Leaving Certificate Examination, 1921
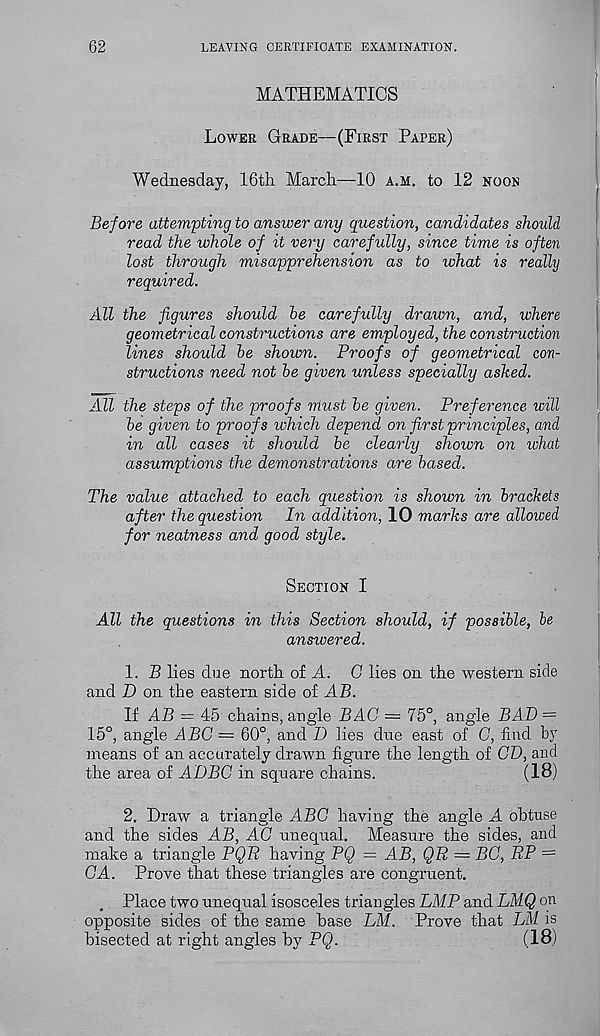
62
LEAVING CERTIFICATE EXAMINATION.
MATHEMATICS
Lower Grade—(First Paper)
Wednesday, 16th. March.—10 a.m. to 12 noon
Before attempting to answer any question, candidates should
read the whole of it very carefully, since time is often
lost through misapprehension as to what is really
required.
All the figures should he carefully drawn, and, where
geometrical constructions are employed, the construction
lines should he shown. Proofs of geometrical con-
structions need not he given unless specially asked.
All the steps of the proofs must he given. Preference will
he given to proofs which depend on first principles, and
in all cases it should be clearly shown on what
assumptions the demonstrations are based.
The value attached to each question is shown in brackets
after the question In addition, 10 marks are allowed
for neatness and good style.
Section I
All the questions in this Section should, if possible, be
anstvered.
1. B lies due north of A. G lies on the western side
and D on the eastern side of AB.
If AB = 45 chains, angle BAG — 75°, angle BAD =
15°, angle ABC — 60°, and D lies due east of G, find by
means of an accurately drawn figure the length of CD, and
the area of ADBG in square chains.
(18)
2. Draw a triangle ABC having the angle A obtuse
and the sides AB, AG unequal. Measure the sides, and
make a triangle PQE having PQ = AB, QR = BG, RP =
GA. Prove that these triangles are congruent.
Place two unequal isosceles triangles LMP and LMQ on
opposite sides of the same base LM. Prove that LM is
bisected at right angles by PQ.
(18)